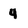
Character: 4